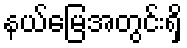
နယ်မြေအတွင်းရှိ